Vaccine operations Central Provinces & Berar 1922-1929 - 1922-1929
Year: 1922
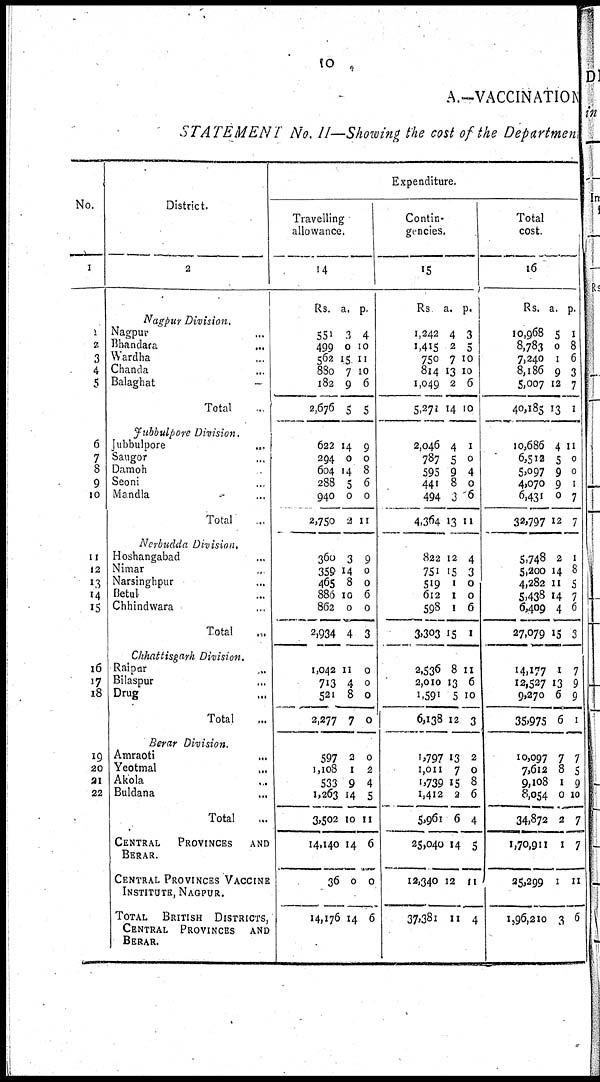
10
A.—VACCINATION
STATEMENT No. II—Showing the cost of the Department
No.
1
1
2
3
4
5
6
7
8
9
10
11
12
13
14
15
16
17
18
19
20
21
22
District.
2
Nagpur Division.
Nagpur ...
Bhandara
...
Wardha ...
Chanda ...
Balaghat ...
Total ...
Jubbulpore Division.
Jubbulpore
...
Saugor ...
Damoh ...
Seoni ...
Mandla ...
Total ...
Nerbudda Division.
Hoshangabad ...
Nimar ...
Narsinghpur ...
Betul ...
Chhindwara ...
Total ...
Chhattisgarh Division.
Raipur ...
Bilaspur ...
Drug ...
Total ...
Berar Division.
Amraoti ...
Yeotmal ...
Akola ...
Buldana ...
Total ...
CENTRAL PROVINCES AND
BERAR.
CENTRAL PROVINCES VACCINE
INSTITUTE, NAGPUR.
TOTAL BRITISH DISTRICTS,
CENTRAL PROVINCES AND
BERAR.
Expenditure.
Travelling
allowance.
14
Rs.
551
499
562
880
182
2,676
622
294
604
288
940
2,750
360
359
465
886
862
2,934
1,042
713
521
2,277
597
1,108
533
1,263
3,502
14,140
36
14,176
a.
3
0
15
7
9
5
14
0
14
5
0
2
3
14
8
10
0
4
11
4
8
7
3
1
9
14
10
14
0
14
p.
4
10
11
10
6
5
9
0
8
6
0
11
0
0
0
6
0
3
0
0
0
0
0
2
4
5
11
6
0
6
Contin-
gencies.
15
Rs
1,242
1,415
750
814
1,049
5,271
2,046
787
595
441
494
4,364
822
751
519
612
598
3,303
2,536
2,010
1,591
6,138
1,797
1,011
1,739
1,412
5,961
25,040
12,340
37,381
a.
4
2
7
13
2
14
4
5
9
8
3
13
12
15
1
1
1
15
8
13
5
12
13
7
15
2
6
14
12
11
p.
3
5
10
10
6
10
1
0
4
0
6
11
4
3
0
0
6
1
11
6
10
3
2
0
8
6
4
5
11
4
Total
cost.
16
Rs.
10,968
8,783
7,240
8,186
5,007
40,185
10,686
6,512
5,097
4,070
6,431
32,797
5,748
5,200
4,282
5,438
6,409
27,079
14,177
12,527
9,370
35,975
10,097
7,612
9,108
8,054
34,872
1,70,911
25,299
1,96,210
a.
5
0
1
9
12
13
4
5
9
9
0
12
2
14
11
14
4
15
1
13
6
6
7
8
1
0
2
1
1
3
p.
1
8
6
3
7
1
11
0
0
1
7
7
1
8
5
7
6
3
7
9
9
1
7
5
9
10
7
7
11
6